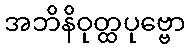
အဘိနိဝုတ္ထပုဗ္ဗော